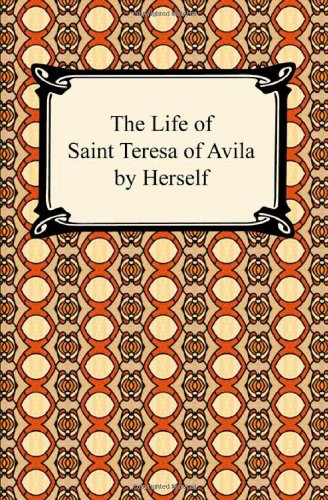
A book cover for The Life of Saint Teresa of Avila by Herself; Saint Teresa of Avila; Christian Books & Bibles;